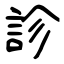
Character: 診